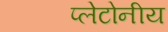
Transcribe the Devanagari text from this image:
प्लेटोनीय